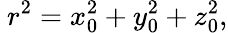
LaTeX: ~r^{2}=x_{0}^{2}+y_{0}^{2}+z_{0}^{2},